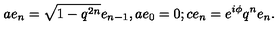
a e _ { n } = \sqrt { 1 - q ^ { 2 n } } e _ { n - 1 } , a e _ { 0 } = 0 ; c e _ { n } = e ^ { i \phi } q ^ { n } e _ { n } .